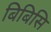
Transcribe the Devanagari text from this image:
बिबिसि